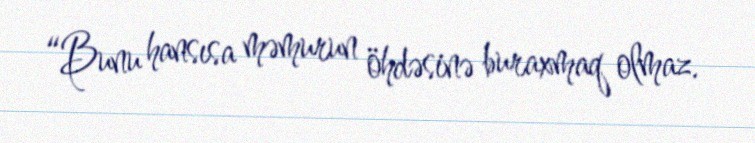
“Bunu hansısa məmurun öhdəsinə buraxmaq olmaz.